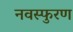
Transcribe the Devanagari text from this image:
नवस्फुरण